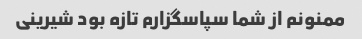
ممنونم از شما سپاسگزارم تازه بود شیرینی